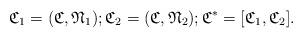
LaTeX: \begin{align*}\mathfrak{C}_{1} = (\mathfrak{C}, \mathfrak{N}_{1}); \mathfrak{C}_{2} = (\mathfrak{C}, \mathfrak{N}_{2}); \mathfrak{C}^{*} = [\mathfrak{C}_{1}, \mathfrak{C}_{2}].\end{align*}